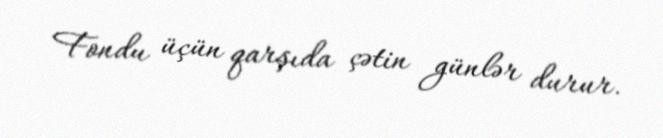
Fondu üçün qarşıda çətin günlər durur.